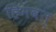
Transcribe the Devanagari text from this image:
हिमवत्‌